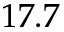
1 7 . 7